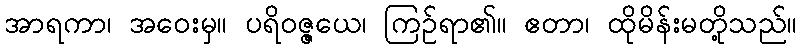
အာရကာ၊ အဝေးမှ။ ပရိဝဇ္ဇယေ၊ ကြဉ်ရာ၏။ ဧတာ၊ ထိုမိန်းမတို့သည်။